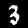
Label: 3